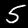
Digit: 5